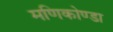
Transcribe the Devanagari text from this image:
मणिकोण्डा